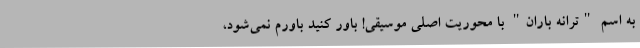
به اسم "ترانه باران" با محوریت اصلی موسیقی! باور کنید باورم نمی‌شود،